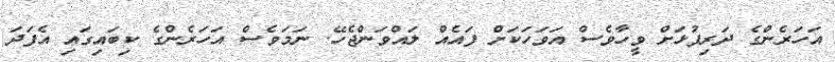
އަހަރެންގެ ދަރިފުޅަށް ވީހާވެސް އަވަހަކަށް ފައެއް ލައްވަންޖެހޭ. ނަމަވެސް އަހަރެންގެ ކިބައިގައި އެފަދަ